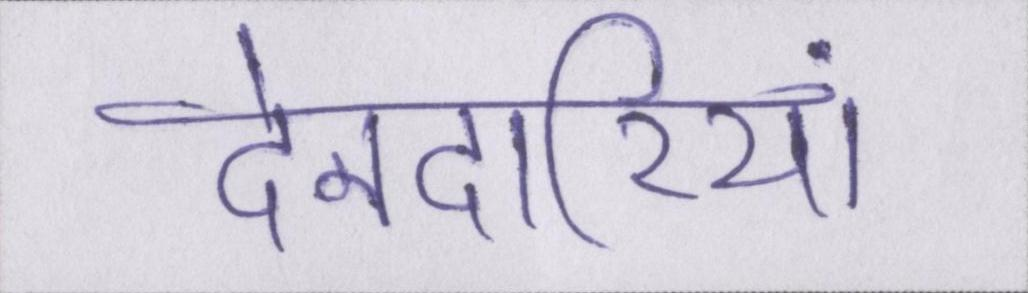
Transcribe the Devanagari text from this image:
देनदारियां